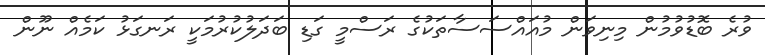
ވުރެ ބޮޑުވުމުން މިނިވަން މުއައްސަސާތަކުގެ ރަސްމީ ގަޑި ބަދަލުކުރުމަކީ ރަނގަޅު ކަމެއް ނޫން